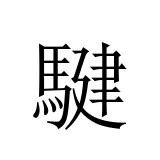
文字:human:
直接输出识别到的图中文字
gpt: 騝